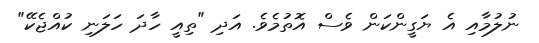
ނުލުމާއި އެ ޔަގީންކަން ވެސް އޮތުމެވެ. އަދި "ތިއީ ހާދަ ހަލަނި ކުއްޖެކޭ"